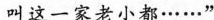
叫这一家老小都······”